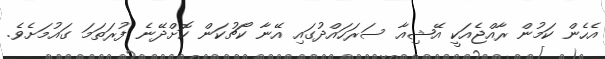
އެހެން ކަމުން ރާއްޖެއަކީ އޭޝިއާ ސަރަހައްދުގައި އޭނާ ކޯޗުކަން ކޮށްދޭނެ ފުރަތަމަ ގައުމަށެވެ.